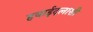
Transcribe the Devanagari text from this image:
हवाईदलाशी